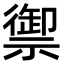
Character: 禦